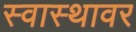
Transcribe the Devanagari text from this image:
स्वास्थावर